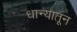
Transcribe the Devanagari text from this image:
धान्यातून